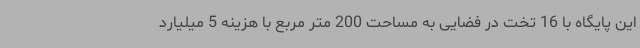
این پایگاه با 16 تخت در فضایی به مساحت 200 متر مربع با هزینه 5 میلیارد